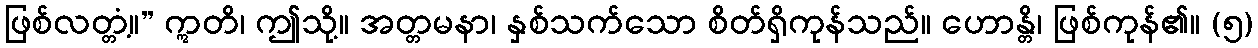
ဖြစ်လတ္တံ့။” ဣတိ၊ ဤသို့။ အတ္တမနာ၊ နှစ်သက်သော စိတ်ရှိကုန်သည်။ ဟောန္တိ၊ ဖြစ်ကုန်၏။ (၅)